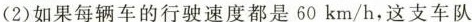
(2)如果每辆车的行驶速度都是60km/h，这支车队